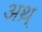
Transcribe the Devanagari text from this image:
अथ़्